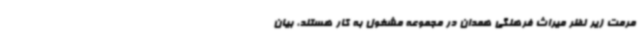
مرمت زیر نظر میراث فرهنگی همدان در مجموعه مشغول به کار هستند، بیان